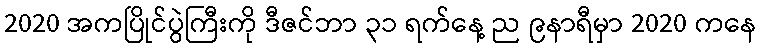
2020 အကပြိုင်ပွဲကြီးကို ဒီဇင်ဘာ ၃၁ ရက်နေ့ ည ၉နာရီမှာ 2020 ကနေ